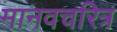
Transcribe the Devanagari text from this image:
मानवचरित्र